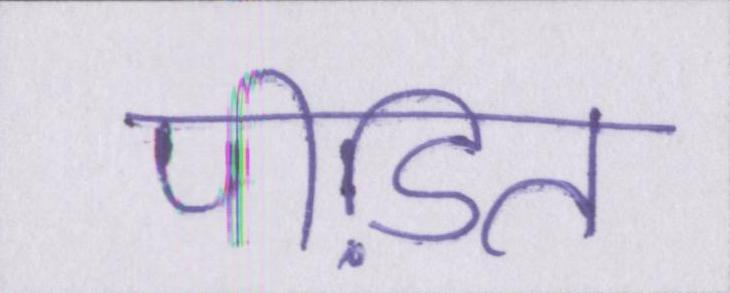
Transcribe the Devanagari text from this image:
पीडि़त